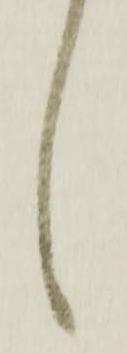
候